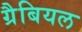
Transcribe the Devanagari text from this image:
ग्रैबियल